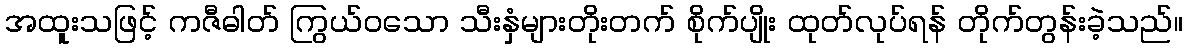
အထူးသဖြင့် ကဇီဓါတ် ကြွယ်ဝသော သီးနှံများတိုးတက် စိုက်ပျိုး ထုတ်လုပ်ရန် တိုက်တွန်းခဲ့သည်။